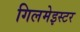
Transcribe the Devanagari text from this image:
गिलमेइस्टर